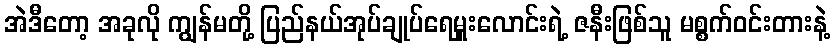
အဲဒီတော့ အခုလို ကျွန်မတို့ ပြည်နယ်အုပ်ချုပ်ရေမှူးလောင်းရဲ့ ဇနီးဖြစ်သူ မစ္စက်ဝင်းတားနဲ့